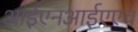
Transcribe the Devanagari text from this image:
आईएनआईएएच